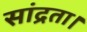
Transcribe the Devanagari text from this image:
सांद्रता।